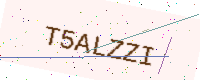
Text: T5ALZZI